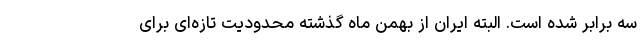
سه برابر شده است. البته ایران از بهمن ماه گذشته محدودیت تازه‌ای برای